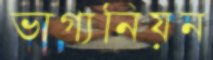
ভাগ্যনিয়ন